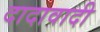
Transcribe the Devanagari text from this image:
दादावादी